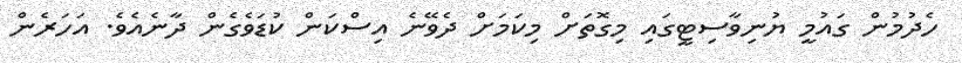
ހެދުމުން ގައުމީ ޔުނިވާސިޓީގައި މިގޮތަށް މިކަމަށް ދެވޭނެ އިސްކަން ކުޑަވެގެން ދާނެއެވެ. އަހަރެން